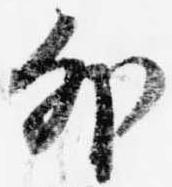
外